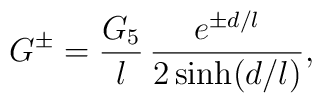
G^\pm=\frac{G_5}l\,     \frac{e^{\pm d/l}}{2\sinh(d/l)},